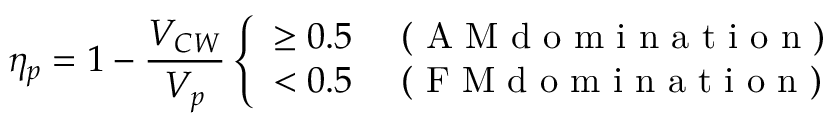
\eta _ { p } = 1 - \frac { V _ { C W } } { V _ { p } } \left\{ \begin{array} { l l } { \ge 0 . 5 } & { \mathrm { ~ ( ~ A ~ M ~ d ~ o ~ m ~ i ~ n ~ a ~ t ~ i ~ o ~ n ~ ) ~ } } \\ { < 0 . 5 } & { \mathrm { ~ ( ~ F ~ M ~ d ~ o ~ m ~ i ~ n ~ a ~ t ~ i ~ o ~ n ~ ) ~ } } \end{array} \right.